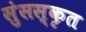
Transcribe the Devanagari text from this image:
सुंसस्कृत